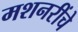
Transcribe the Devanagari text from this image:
मशनरींचे